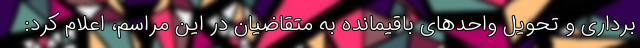
برداری و تحویل واحدهای باقیمانده به متقاضیان در این مراسم، اعلام کرد: